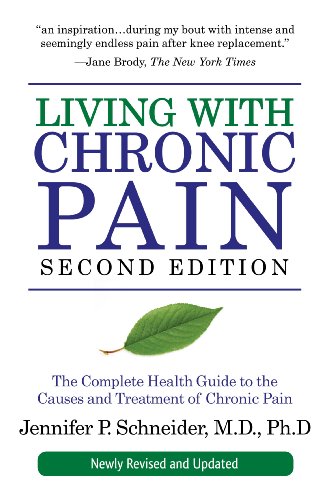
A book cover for Living with Chronic Pain, Second Edition: The Complete Health Guide to the Causes and Treatment of Chronic Pain; Jennifer P. Schneider; Health, Fitness & Dieting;